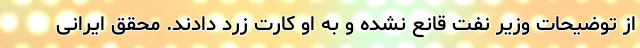
از توضیحات وزیر نفت قانع نشده و به او کارت زرد دادند. محقق ایرانی